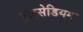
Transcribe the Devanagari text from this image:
ट्राइसेडियम